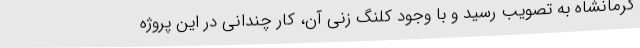
کرمانشاه به تصویب رسید و با وجود کلنگ زنی آن، کار چندانی در این پروژه